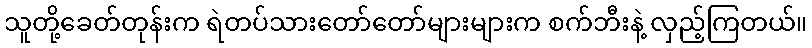
သူတို့ခေတ်တုန်းက ရဲတပ်သားတော်တော်များများက စက်ဘီးနဲ့ လှည့်ကြတယ်။